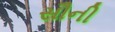
સૌની